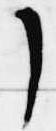
了